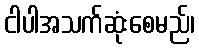
ငါပါအသက်ဆုံးစေမည်၊